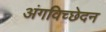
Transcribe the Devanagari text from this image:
अंगविच्छेदन